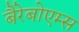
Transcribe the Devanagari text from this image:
बैरेबोएम्स